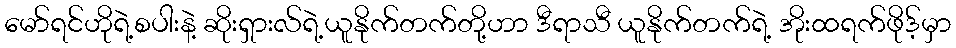
မော်ရင်ဟိုရဲ့စပါးနဲ့ ဆိုးရှားလ်ရဲ့ယူနိုက်တက်တို့ဟာ ဒီရာသီ ယူနိုက်တက်ရဲ့ အိုးထရက်ဖိုဒ့်မှာ